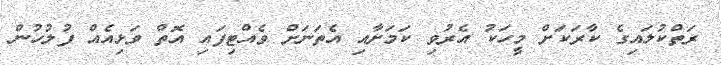
ރަތްކުލައިގެ ކާރަކަށް މީހަކު އެރުވި ކަމަށާއި އެތަނަށް ވެއްޓިފައި އޮތް ވަޅިއެއް ފުލުހުން